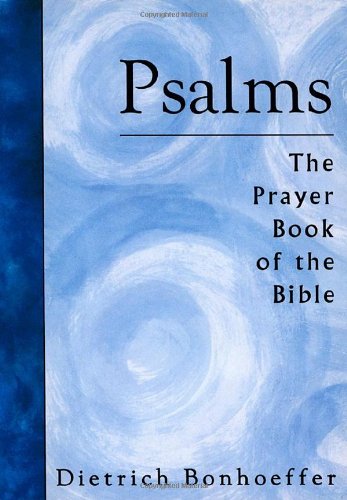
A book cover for Psalms: The Prayer Book of the Bible; Dietrich Bonhoeffer; Christian Books & Bibles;